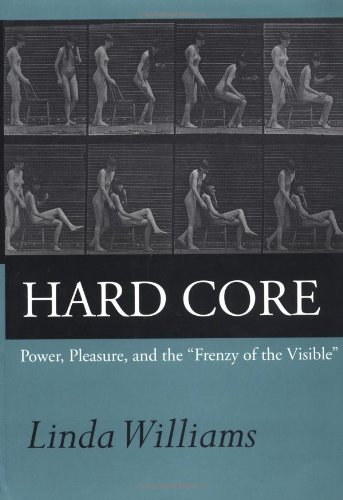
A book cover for Hard Core: Power, Pleasure, and the "Frenzy of the Visible", Expanded edition; Linda Williams; Politics & Social Sciences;